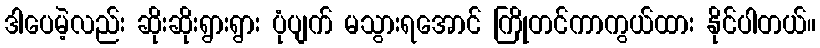
ဒါပေမဲ့လည်း ဆိုးဆိုးရွားရွား ပုံပျက် မသွားရအောင် ကြိုတင်ကာကွယ်ထား နိုင်ပါတယ်။